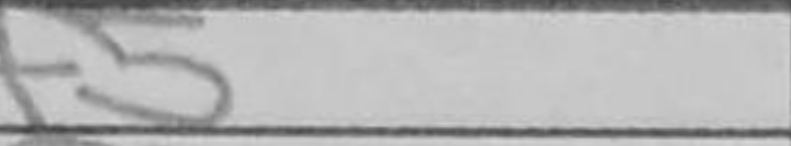
Transcription: f5